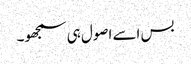
بس اسے اصول ہی سمجھو۔